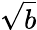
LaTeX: \sqrt{b}